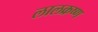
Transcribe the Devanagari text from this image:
लालक्रष्ण